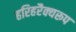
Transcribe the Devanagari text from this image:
हरिहरैक्यरूप